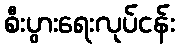
စီးပွားရေးလုပ်ငန်း